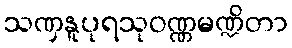
သဏှနူပုရသုဝဏ္ဏမဏ္ဍိတာ